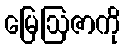
မြေဩဇာကို